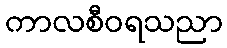
ကာလစီဝရသညာ